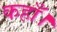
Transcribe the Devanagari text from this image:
कहाँ।